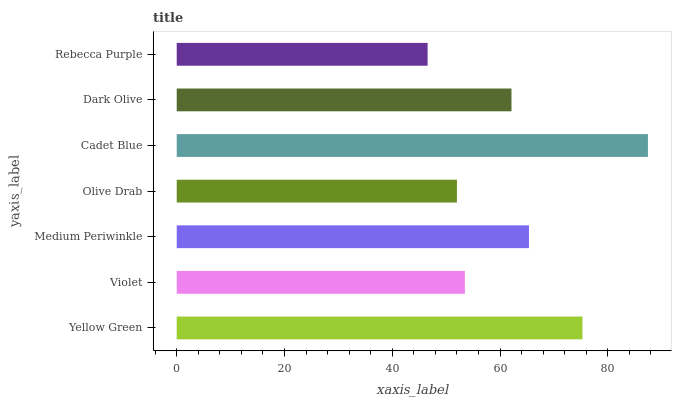
| yaxis_label | bars |
 | --- | --- |
 | Yellow Green | 75.3 |
 | Violet | 53.5 |
 | Medium Periwinkle | 65.4 |
 | Olive Drab | 52 |
 | Cadet Blue | 87.5 |
 | Dark Olive | 62.1 |
 | Rebecca Purple | 46.6 |